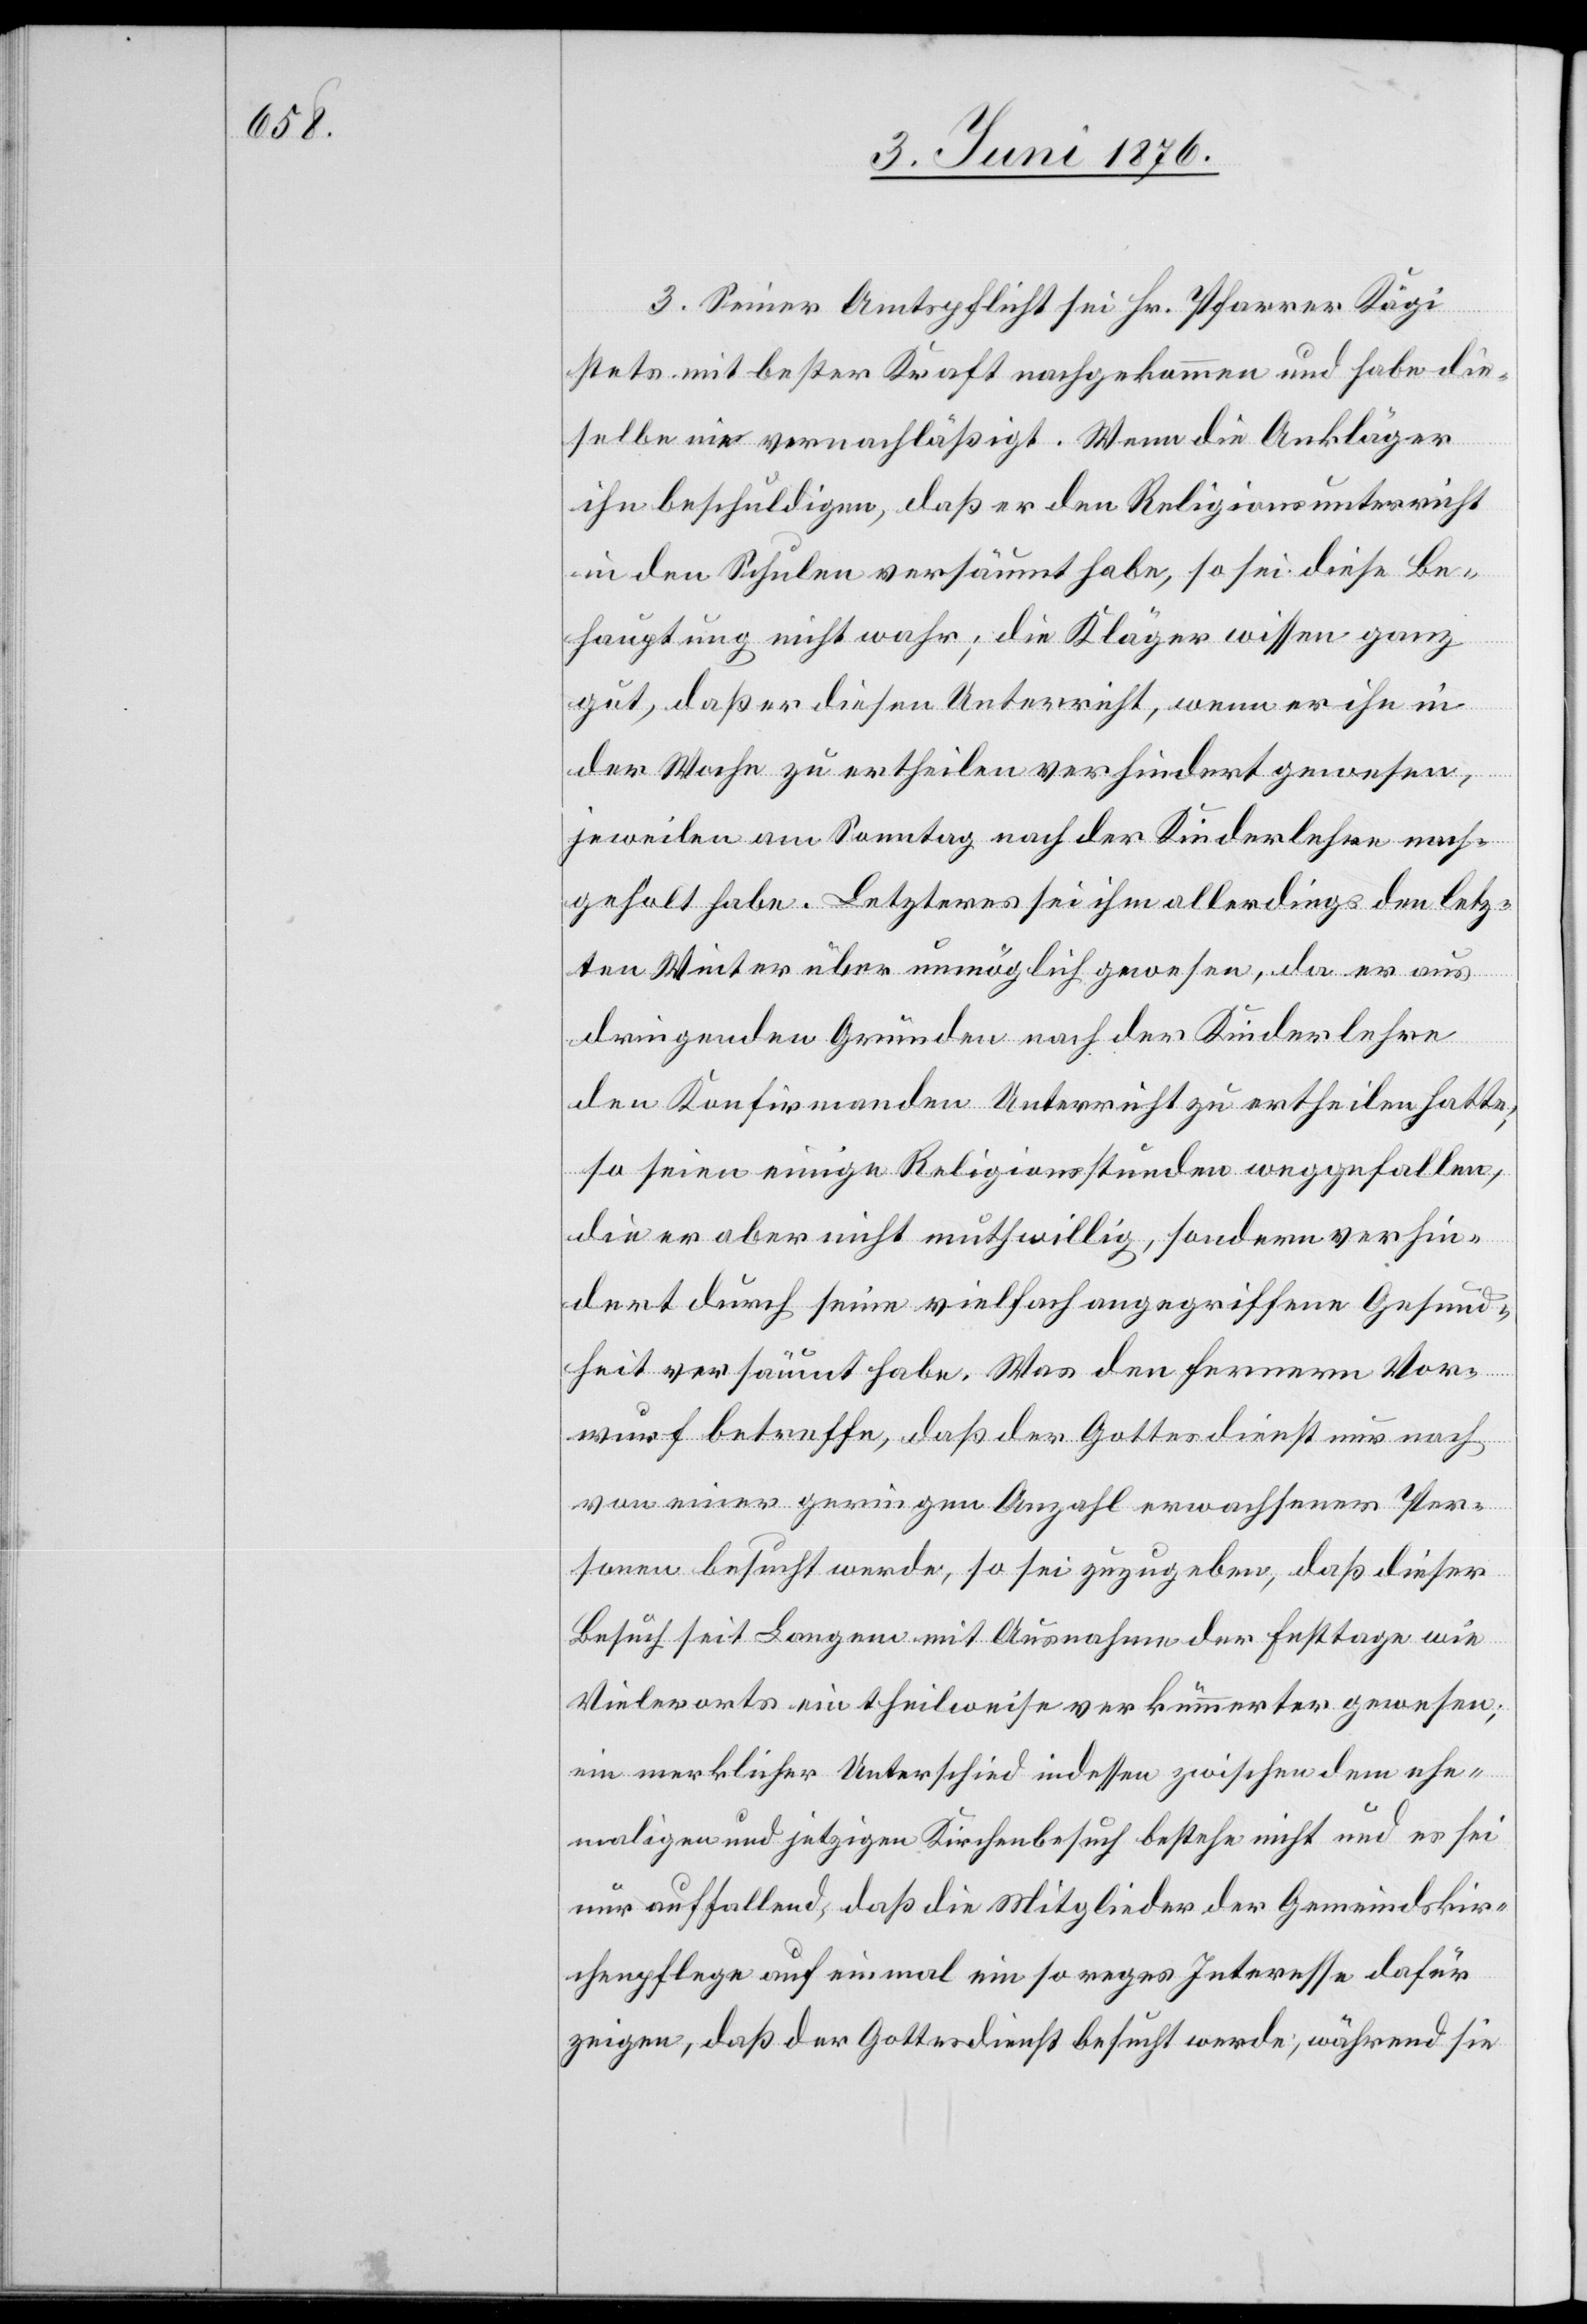
3. Seiner Amtsplicht sei Hr. Pfarrer Kägi
stets mit bester Kraft nachgekommen und habe die¬
selbe nie vernachläßigt. Wenn die Ankläger
ihn beschuldigen, daß er den Religionsunterricht
in den Schulen versäumt habe, so sei diese Be¬
hauptung nicht wahr; die Kläger wissen ganz
gut, daß er diesen Unterricht, wenn er ihn in
der Woche zu ertheilen verhindert gewesen,
jeweilen am Sonntag nach der Kinderlehre nach¬
geholt habe. Letzteres sei ihm allerdings den letz¬
ten Winter über unmöglich gewesen, da er aus
dringenden Gründen nach der Kinderlehre
den Konfirmanden Unterricht zu ertheilen hatte;
so seien einige Religionsstunden weggefallen,
die er aber nicht mutwillig, sondern verhin¬
dert durch seine vielfach angegriffene Gesund¬
heit versäumt habe. Was den fernern Vor¬
wurf betreffe, daß der Gottesdienst nur noch
von einer geringen Anzahl erwachsener Per¬
sonen besucht werde, so sei zuzugeben, daß dieser
Besuch seit Langem mit Ausnahme der Festtage wie
Vielerorts ein theilweise verkümmerter gewesen;
ein merklicher Unterschied indessen zwischen dem ehe¬
maligen und jetzigen Kirchenbesuch bestehe nicht und es sei
nur auffallend, daß die Mitglieder der Gemeindskir¬
chenpflege auf einmal ein so reges Interesse dafür
zeigen, daß der Gottesdienst besucht werde, während sie